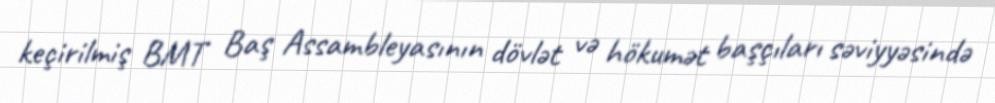
keçirilmiş BMT Baş Assambleyasının dövlət və hökumət başçıları səviyyəsində